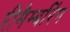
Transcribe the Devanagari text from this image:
रीमैम्बरिंग